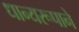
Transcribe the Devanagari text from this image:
धान्‍यरूपाने